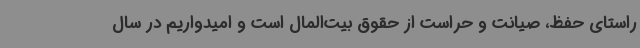
راستای حفظ، صیانت و حراست از حقوق بیت‌المال است و امیدواریم در سال